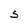
Character: S